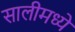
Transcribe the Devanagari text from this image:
सालीमध्ये